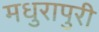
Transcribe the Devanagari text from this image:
मधुरापुरी